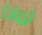
لماذا